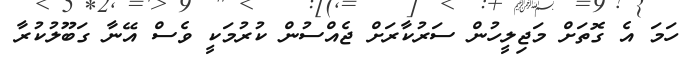
ހަމަ އެ ގޮތަށް މަޖިލީހުން ސަރުކާރަށް ޖެއްސުން ކުރުމަކީ ވެސް އޭނާ ގަބޫލުކުރާ